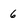
Character: 6